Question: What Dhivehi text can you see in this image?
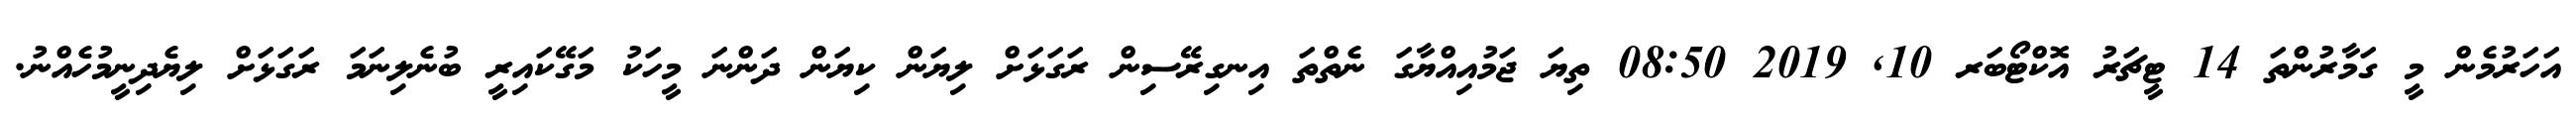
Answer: އަހަރުމެން މީ ގަމާރުންތަ 14 ޓީޗަރު އޮކްޓޯބަރ 10, 2019 08:50 ތިޔަ ޖަމުއިއްޔާގަ ނެތްތަ އިނގިރޭސިން ރަގަޅަށް ލިޔަން ކިޔަން ދަންނަ މީހަކު މަގޭކައިރީ ބުނެލިނަމަ ރަގަޅަށް ލިޔެދިނީމުހެއްނު.